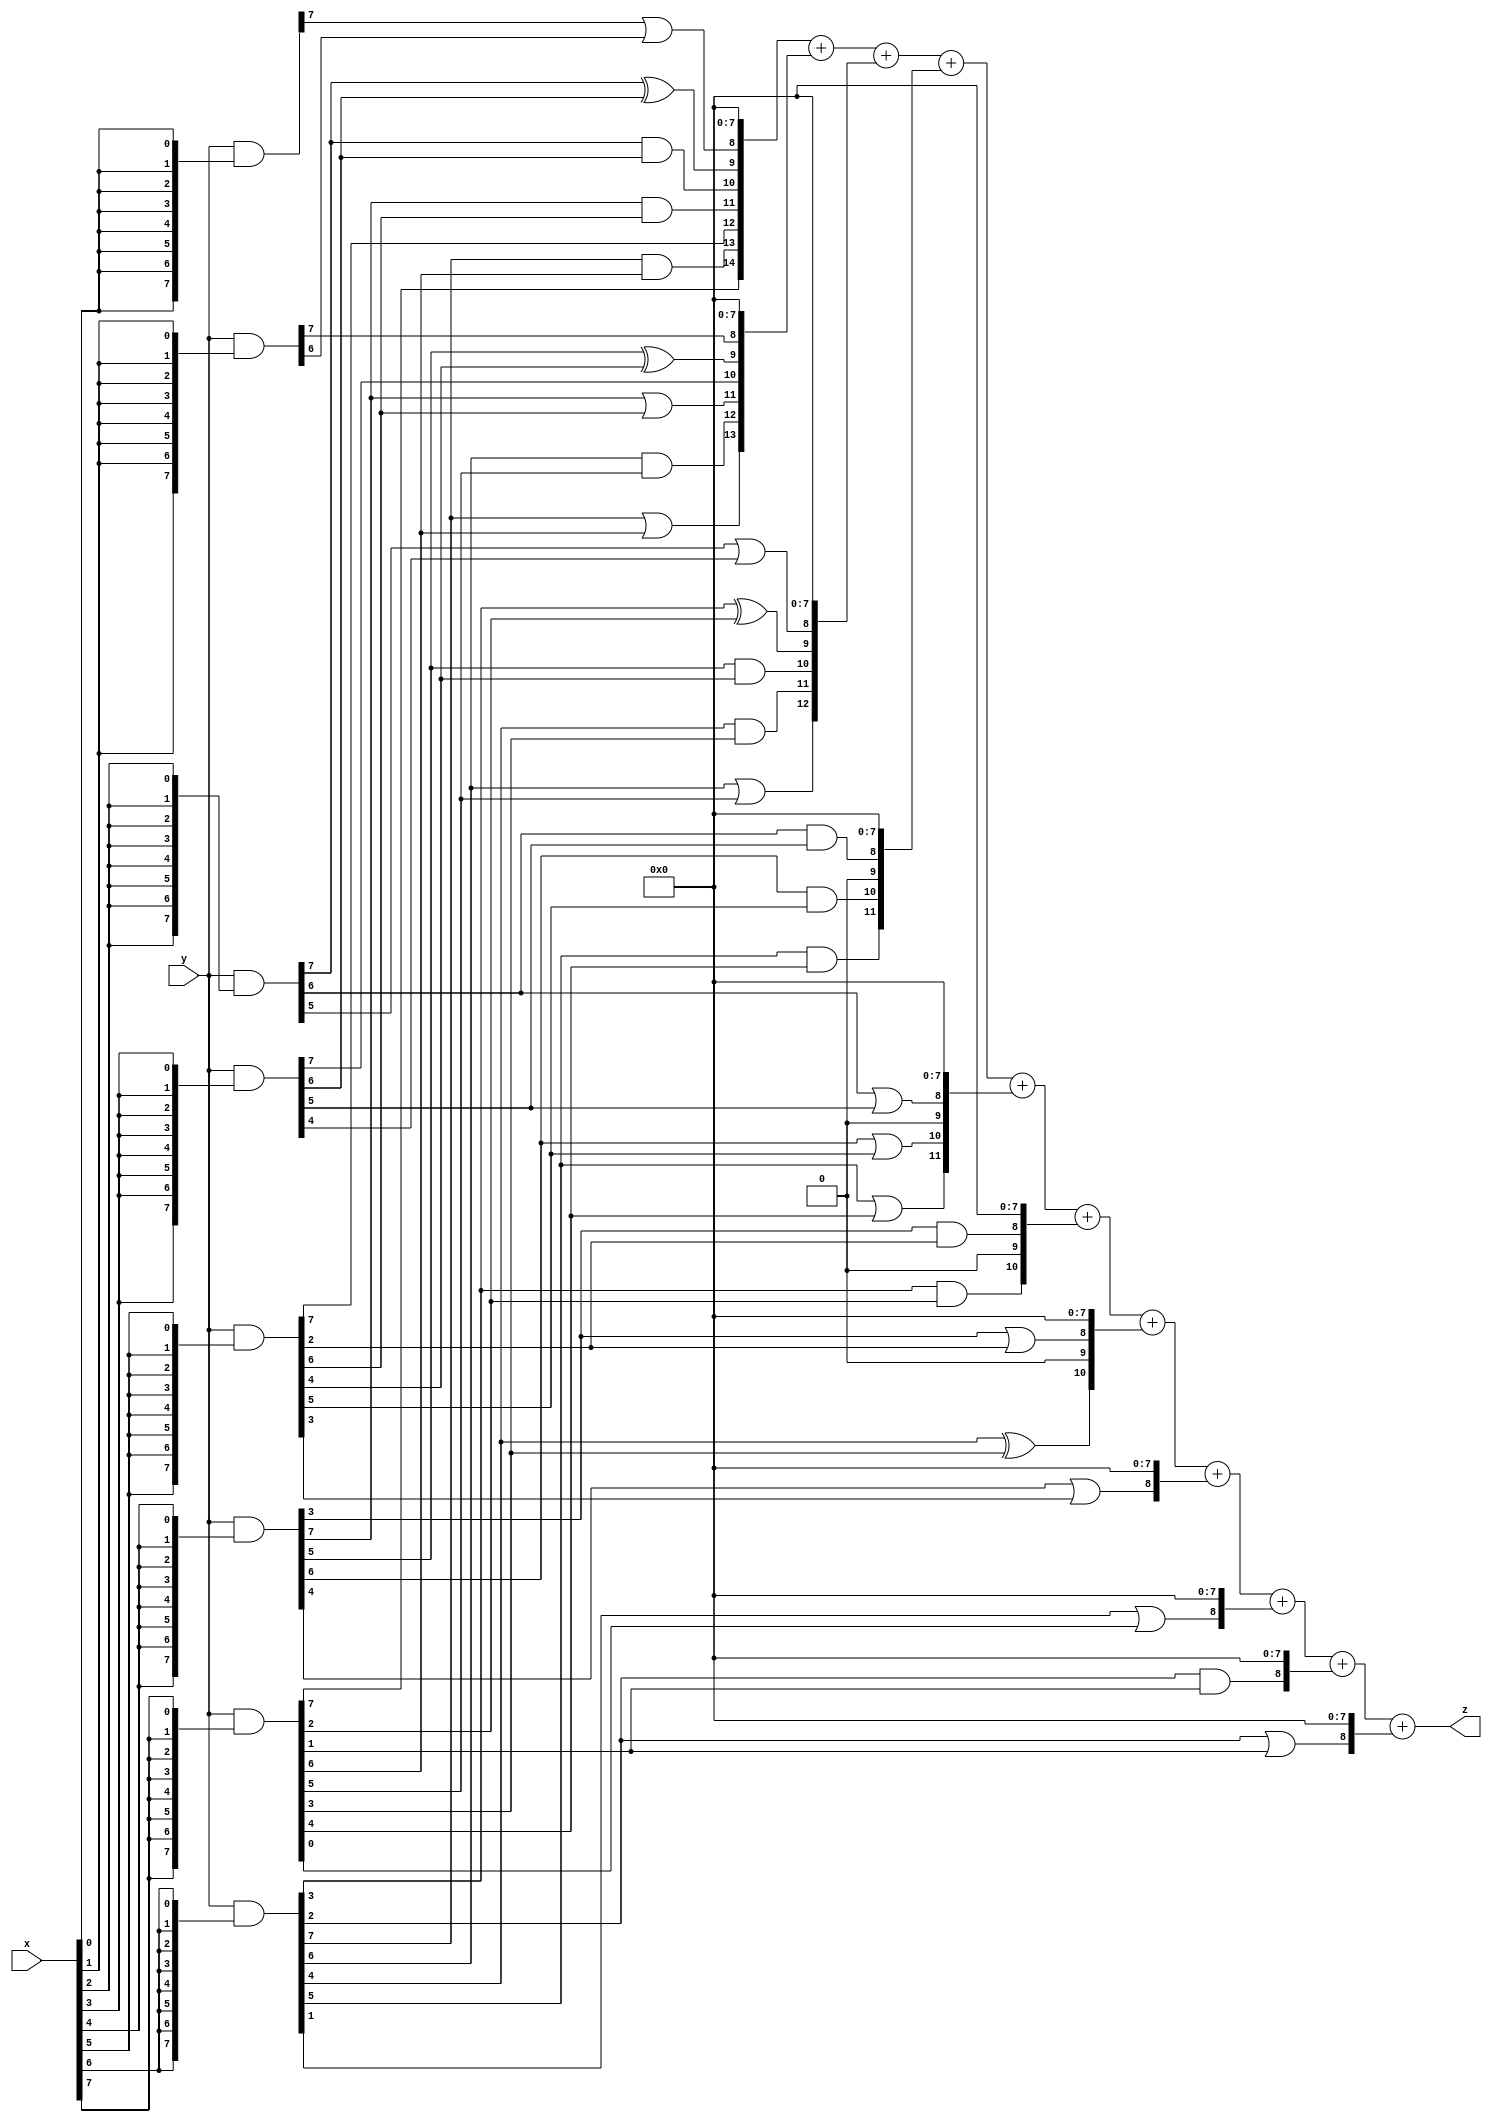
// terms: 32
// fval:  147262.25

module unsigned_8x8_l8_lamb4000_2 (
	input [7:0] x,
	input [7:0] y,
	output [15:0] z
);


wire [7:0] part1 =  y & {8{x[0]}};
wire [7:0] part2 =  y & {8{x[1]}};
wire [7:0] part3 =  y & {8{x[2]}};
wire [7:0] part4 =  y & {8{x[3]}};
wire [7:0] part5 =  y & {8{x[4]}};
wire [7:0] part6 =  y & {8{x[5]}};
wire [7:0] part7 =  y & {8{x[6]}};
wire [7:0] part8 =  y & {8{x[7]}};

wire [14:0] new_part1;
assign new_part1[0] = 0;
assign new_part1[1] = 0;
assign new_part1[2] = 0;
assign new_part1[3] = 0;
assign new_part1[4] = 0;
assign new_part1[5] = 0;
assign new_part1[6] = 0;
assign new_part1[7] = 0;
assign new_part1[8] = part1[7] | part2[6];
assign new_part1[9] = part3[7] ^ part4[6];
assign new_part1[10] = part3[7] & part4[6];
assign new_part1[11] = part5[7] & part6[6];
assign new_part1[12] = part6[7];
assign new_part1[13] = part7[7] & part8[6];
assign new_part1[14] = part8[7];

wire [13:0] new_part2;
assign new_part2[0] = 0;
assign new_part2[1] = 0;
assign new_part2[2] = 0;
assign new_part2[3] = 0;
assign new_part2[4] = 0;
assign new_part2[5] = 0;
assign new_part2[6] = 0;
assign new_part2[7] = 0;
assign new_part2[8] = part2[7];
assign new_part2[9] = part5[5] ^ part6[4];
assign new_part2[10] = part4[7];
assign new_part2[11] = part5[7] | part6[6];
assign new_part2[12] = part7[6] & part8[5];
assign new_part2[13] = part7[7] | part8[6];

wire [12:0] new_part3;
assign new_part3[0] = 0;
assign new_part3[1] = 0;
assign new_part3[2] = 0;
assign new_part3[3] = 0;
assign new_part3[4] = 0;
assign new_part3[5] = 0;
assign new_part3[6] = 0;
assign new_part3[7] = 0;
assign new_part3[8] = part3[5] | part4[4];
assign new_part3[9] = part7[3] ^ part8[2];
assign new_part3[10] = part5[5] & part6[4];
assign new_part3[11] = part7[4] & part8[3];
assign new_part3[12] = part7[6] | part8[5];

wire [11:0] new_part4;
assign new_part4[0] = 0;
assign new_part4[1] = 0;
assign new_part4[2] = 0;
assign new_part4[3] = 0;
assign new_part4[4] = 0;
assign new_part4[5] = 0;
assign new_part4[6] = 0;
assign new_part4[7] = 0;
assign new_part4[8] = part3[6] & part4[5];
assign new_part4[9] = 0;
assign new_part4[10] = part5[6] & part6[5];
assign new_part4[11] = part7[5] & part8[4];

wire [11:0] new_part5;
assign new_part5[0] = 0;
assign new_part5[1] = 0;
assign new_part5[2] = 0;
assign new_part5[3] = 0;
assign new_part5[4] = 0;
assign new_part5[5] = 0;
assign new_part5[6] = 0;
assign new_part5[7] = 0;
assign new_part5[8] = part3[6] | part4[5];
assign new_part5[9] = 0;
assign new_part5[10] = part5[6] | part6[5];
assign new_part5[11] = part7[5] | part8[4];

wire [10:0] new_part6;
assign new_part6[0] = 0;
assign new_part6[1] = 0;
assign new_part6[2] = 0;
assign new_part6[3] = 0;
assign new_part6[4] = 0;
assign new_part6[5] = 0;
assign new_part6[6] = 0;
assign new_part6[7] = 0;
assign new_part6[8] = part5[3] & part6[2];
assign new_part6[9] = 0;
assign new_part6[10] = part7[3] & part8[2];

wire [10:0] new_part7;
assign new_part7[0] = 0;
assign new_part7[1] = 0;
assign new_part7[2] = 0;
assign new_part7[3] = 0;
assign new_part7[4] = 0;
assign new_part7[5] = 0;
assign new_part7[6] = 0;
assign new_part7[7] = 0;
assign new_part7[8] = part5[3] | part6[2];
assign new_part7[9] = 0;
assign new_part7[10] = part7[4] ^ part8[3];

wire [8:0] new_part8;
assign new_part8[0] = 0;
assign new_part8[1] = 0;
assign new_part8[2] = 0;
assign new_part8[3] = 0;
assign new_part8[4] = 0;
assign new_part8[5] = 0;
assign new_part8[6] = 0;
assign new_part8[7] = 0;
assign new_part8[8] = part5[4] | part6[3];

wire [8:0] new_part9;
assign new_part9[0] = 0;
assign new_part9[1] = 0;
assign new_part9[2] = 0;
assign new_part9[3] = 0;
assign new_part9[4] = 0;
assign new_part9[5] = 0;
assign new_part9[6] = 0;
assign new_part9[7] = 0;
assign new_part9[8] = part7[1] | part8[0];

wire [8:0] new_part10;
assign new_part10[0] = 0;
assign new_part10[1] = 0;
assign new_part10[2] = 0;
assign new_part10[3] = 0;
assign new_part10[4] = 0;
assign new_part10[5] = 0;
assign new_part10[6] = 0;
assign new_part10[7] = 0;
assign new_part10[8] = part7[2] & part8[1];

wire [8:0] new_part11;
assign new_part11[0] = 0;
assign new_part11[1] = 0;
assign new_part11[2] = 0;
assign new_part11[3] = 0;
assign new_part11[4] = 0;
assign new_part11[5] = 0;
assign new_part11[6] = 0;
assign new_part11[7] = 0;
assign new_part11[8] = part7[2] | part8[1];

assign z = new_part1 + new_part2 + new_part3 + new_part4 + new_part5 + new_part6 + new_part7 + new_part8 + new_part9 + new_part10 + new_part11;
endmodule